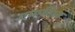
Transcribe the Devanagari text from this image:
एमफील